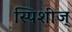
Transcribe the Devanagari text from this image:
स्पिशीज्‌